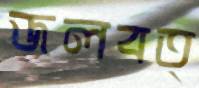
জলবত্